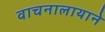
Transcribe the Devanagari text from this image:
वाचनालायाने